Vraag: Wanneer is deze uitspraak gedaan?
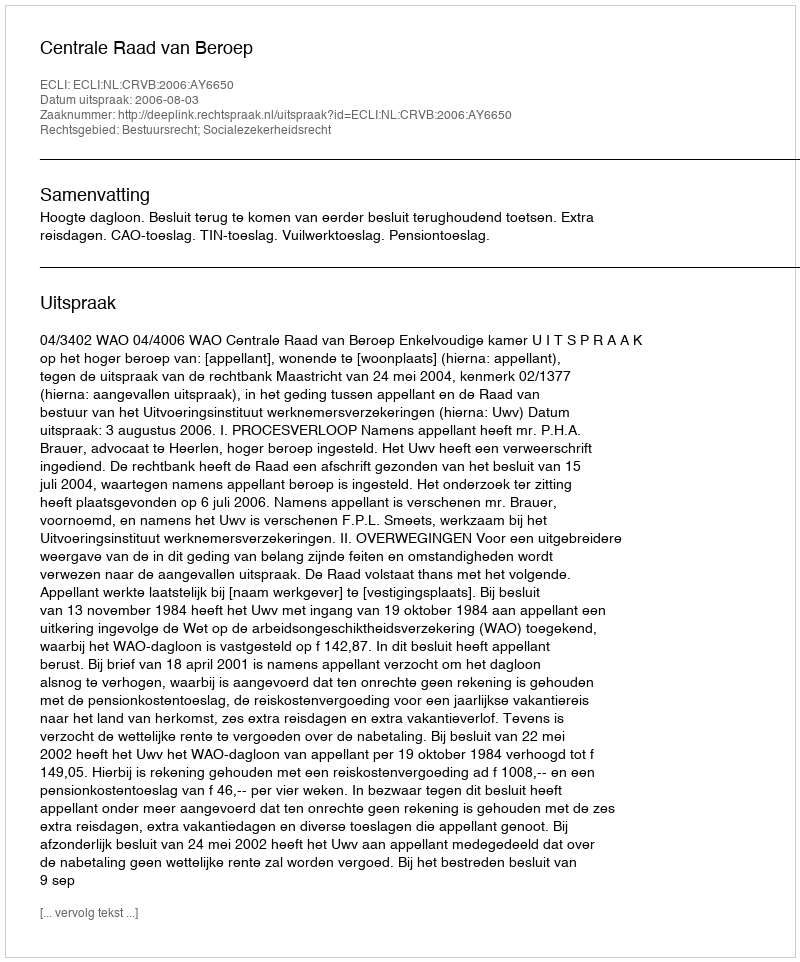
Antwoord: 2006-08-03